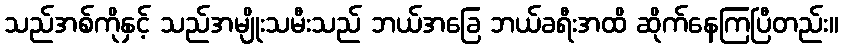
သည်အစ်ကိုနှင့် သည်အမျိုးသမီးသည် ဘယ်အခြေ ဘယ်ခရီးအထိ ဆိုက်နေကြပြီတည်း။